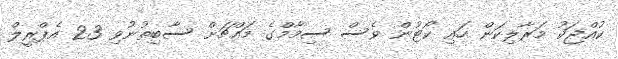
ކުއްޖަކު މަރާލިކަން ހައި ކޯޓުން ވެސް ސިމާމްގެ މައްޗަށް ސާބިތުނުވި 23 އެޕްރީލް